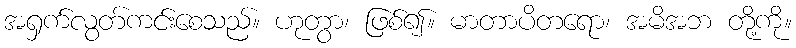
အရှက်လွတ်ကင်းစေသည်။ ဟုတွာ၊ ဖြစ်၍။ မာတာပိတရော၊ အမိအဘ တို့ကို။